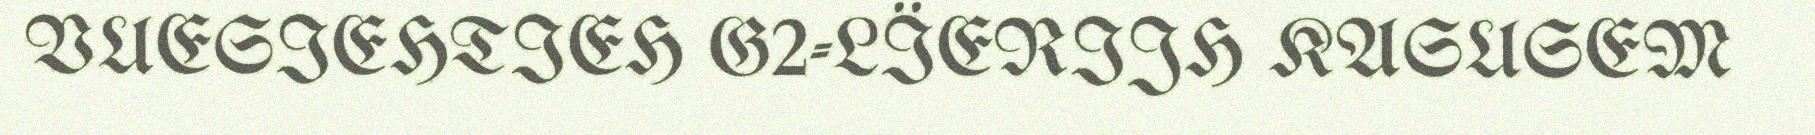
VUESIEHTIEH G2-LÏERIJH KASUSEM